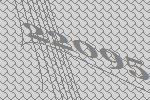
22095